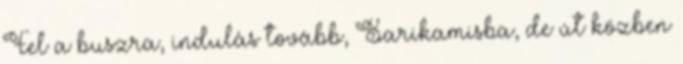
Fel a buszra, indulás tovább, Sarikamisba, de út közben